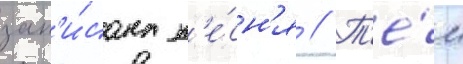
зап'и́сана п'е́сн'я // Т'е́м